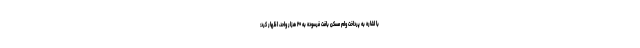
با اشاره به پرداخت وام مسکن بافت فرسوده به ۲۰ هزار واحد،‌ اظهار کرد: